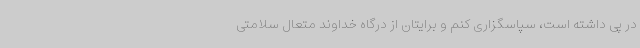
در پی داشته است، سپاسگزاری کنم و برایتان از درگاه خداوند متعال سلامتی